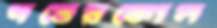
দত্তেরকোল